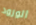
الورود